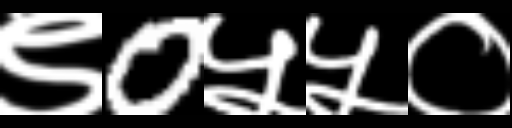
Text: ९0५५०